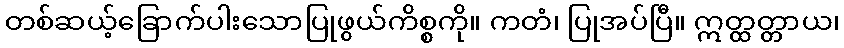
တစ်ဆယ့်ခြောက်ပါးသောပြုဖွယ်ကိစ္စကို။ ကတံ၊ ပြုအပ်ပြီ။ ဣတ္ထတ္တာယ၊